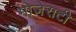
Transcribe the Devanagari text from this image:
मोज़ेराटी